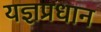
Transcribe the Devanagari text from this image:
यज्ञप्रधान